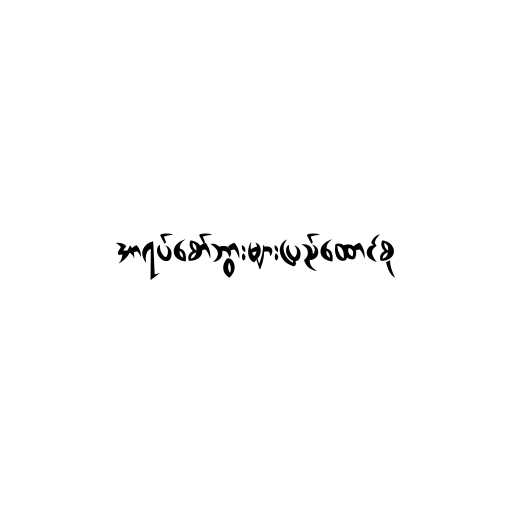
အာရပ်စော်ဘွားများပြည်ထောင်စု